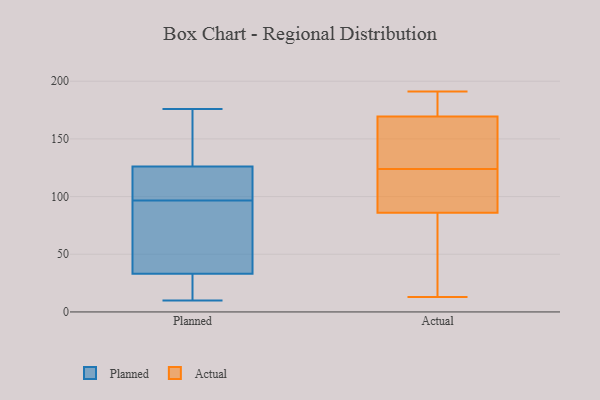
{"axis": {"x": "Shipments", "y": "Value"}, "legend": ["Actual", "Planned"], "data": [{"x": "", "y": 168, "type": "Planned"}, {"x": "", "y": 87, "type": "Planned"}, {"x": "", "y": 106, "type": "Planned"}, {"x": "", "y": 108, "type": "Planned"}, {"x": "", "y": 126, "type": "Planned"}, {"x": "", "y": 23, "type": "Planned"}, {"x": "", "y": 10, "type": "Planned"}, {"x": "", "y": 37, "type": "Planned"}, {"x": "", "y": 23, "type": "Planned"}, {"x": "", "y": 33, "type": "Planned"}, {"x": "", "y": 113, "type": "Planned"}, {"x": "", "y": 176, "type": "Planned"}, {"x": "", "y": 70, "type": "Planned"}, {"x": "", "y": 127, "type": "Planned"}, {"x": "", "y": 88, "type": "Actual"}, {"x": "", "y": 172, "type": "Actual"}, {"x": "", "y": 80, "type": "Actual"}, {"x": "", "y": 162, "type": "Actual"}, {"x": "", "y": 105, "type": "Actual"}, {"x": "", "y": 125, "type": "Actual"}, {"x": "", "y": 112, "type": "Actual"}, {"x": "", "y": 181, "type": "Actual"}, {"x": "", "y": 90, "type": "Actual"}, {"x": "", "y": 124, "type": "Actual"}, {"x": "", "y": 191, "type": "Actual"}, {"x": "", "y": 169, "type": "Actual"}, {"x": "", "y": 171, "type": "Actual"}, {"x": "", "y": 58, "type": "Actual"}, {"x": "", "y": 13, "type": "Actual"}, {"x": "", "y": 43, "type": "Actual"}, {"x": "", "y": 158, "type": "Actual"}]}